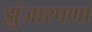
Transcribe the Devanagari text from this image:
झुंजारपणा